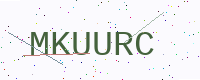
Text: MKUURC